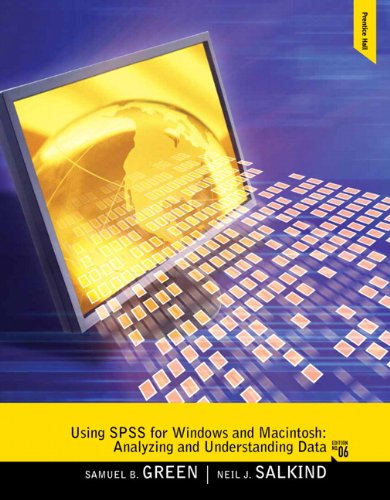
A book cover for Using SPSS for Windows and Macintosh: Analyzing and Understanding Data (6th Edition); Samuel B. Green; Computers & Technology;